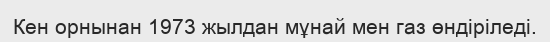
Кен орнынан 1973 жылдан мұнай мен газ өндіріледі.